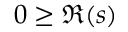
0 \geq \Re ( s )